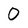
Character: 0